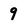
Character: 9